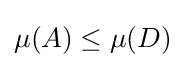
\mu (A)\leq \mu (D)